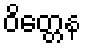
ဝိတ္တေန